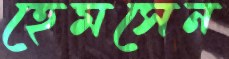
হেমসেন